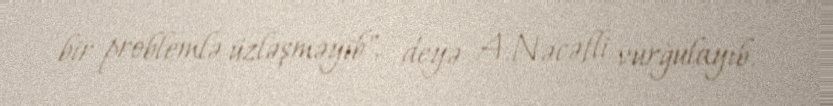
bir problemlə üzləşməyib", - deyə A.Nəcəfli vurğulayıb.